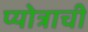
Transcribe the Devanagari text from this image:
प्योत्राची